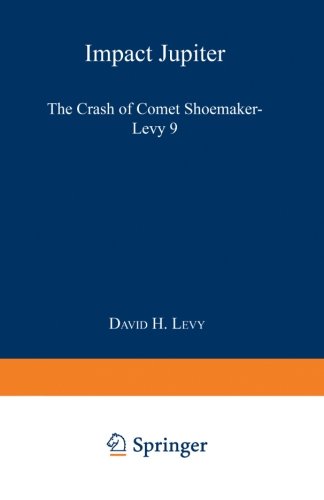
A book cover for Impact Jupiter: The Crash of Comet Shoemaker-Levy 9; David H. Levy; Science & Math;